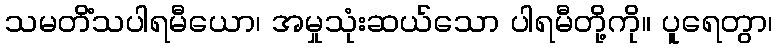
သမတိံသပါရမီယော၊ အမှုသုံးဆယ်သော ပါရမီတို့ကို။ ပူရေတွာ၊